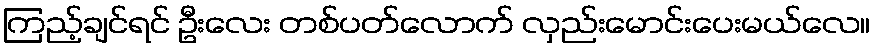
ကြည့်ချင်ရင် ဦးလေး တစ်ပတ်လောက် လှည်းမောင်းပေးမယ်လေ။